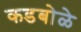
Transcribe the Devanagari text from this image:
कडबोळे